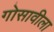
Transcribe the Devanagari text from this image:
गोसावीला